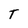
Character: T